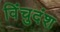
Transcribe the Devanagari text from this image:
विंचुदंश